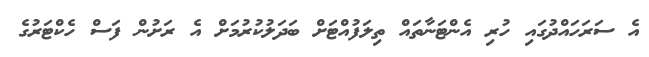
އެ ސަރަހައްދުގައި ހުރި އެންޓަނާތައް ތިލަފުއްޓަށް ބަދަލުކުރުމަށް އެ ރަށުން ފަސް ހެކްޓަރުގެ